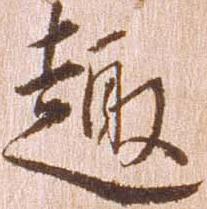
趣